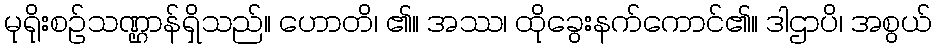
မုရိုးစဉ်သဏ္ဌာန်ရှိသည်။ ဟောတိ၊ ၏။ အဿ၊ ထိုခွေးနက်ကောင်၏။ ဒါဌာပိ၊ အစွယ်